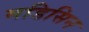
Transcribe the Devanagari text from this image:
मडिसिन